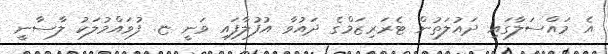
އެ މައްސަލާގައި ދައުލަތުން ޓެރަރިޒަމްގެ ދައުވާ އުފުލާފައި ވަނީ ޏ. ފުވައްމުލަކު ލާސާނީ